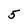
Character: 5